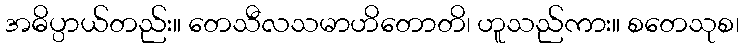
အဓိပ္ပာယ်တည်း။ တေသီလသမာဟိတောတိ၊ ဟူသည်ကား။ စတေသုစ၊